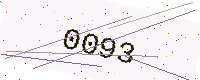
Text: 0093